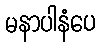
မနာပါနံပေ